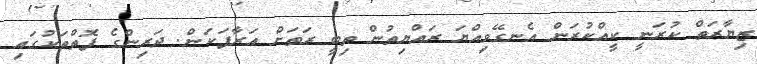
ޒިޔާރަތް ކުރަނީ ކީއްކުރަން އެނގޭވިއްޔަ ރައްޔިތުން ތިބީ ރަތަށް އަރާފަކަން. ދަރިންގެ ފޮތްތަކުގައި